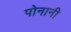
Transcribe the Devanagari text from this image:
पोनानी